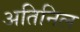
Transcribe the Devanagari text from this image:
अतिनिल